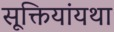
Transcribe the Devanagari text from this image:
सूक्तियांयथा